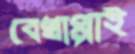
বেখাপ্পাই